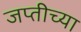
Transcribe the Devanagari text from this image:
जप्तीच्या